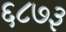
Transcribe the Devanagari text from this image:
६८७३